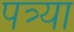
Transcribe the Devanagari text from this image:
पत्र्या